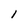
Character: 1